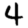
Digit: 4